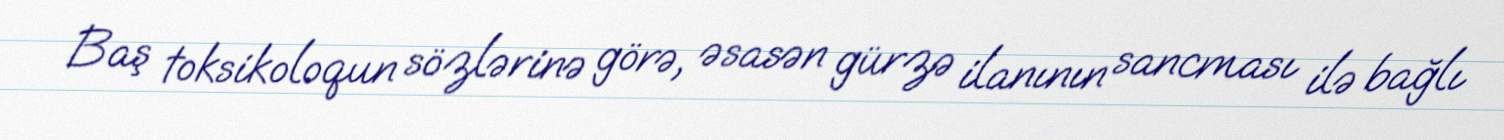
Baş toksikoloqun sözlərinə görə, əsasən gürzə ilanının sancması ilə bağlı